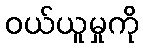
ဝယ်ယူမှုကို